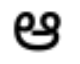
ఆ